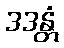
ဒဒန္တံ